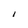
Character: I